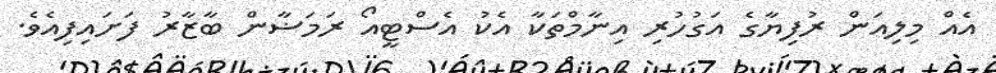
އެއް މިލިއަން ރުފިޔާގެ އަގުހުރި އިނާމްތަކާ އެކު އެސްޓީއޯ ރަމަޟާން ބާޒާރު ފަށައިފިއެވެ.